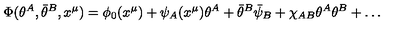
\Phi ( \theta ^ { A } , \bar { \theta } ^ { B } , x ^ { \mu } ) = \phi _ { 0 } ( x ^ { \mu } ) + \psi _ { A } ( x ^ { \mu } ) \theta ^ { A } + \bar { \theta } ^ { B } \bar { \psi } _ { B } + \chi _ { A B } \theta ^ { A } \theta ^ { B } + \ldots